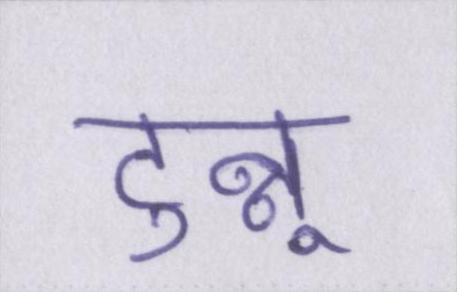
टुन्नू